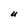
Character: U